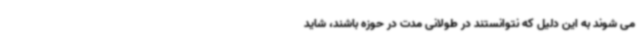
می شوند به این دلیل که نتوانستند در طولانی مدت در حوزه باشند، شاید